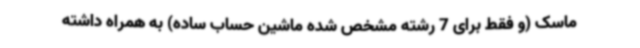
ماسک (و فقط برای 7 رشته مشخص شده ماشین حساب ساده) به همراه داشته